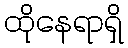
ထိုနေရာရှိ